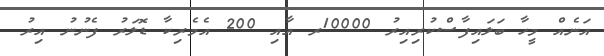
އަނެއް މީހާ ބަލައިފާސްކުރިއިރު 10000ރ އާއި 200 އެމެރިކާ ޑޮލަރު ފެނުނު އިރު